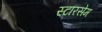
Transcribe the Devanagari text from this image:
स्टारसेम